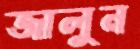
জালুন